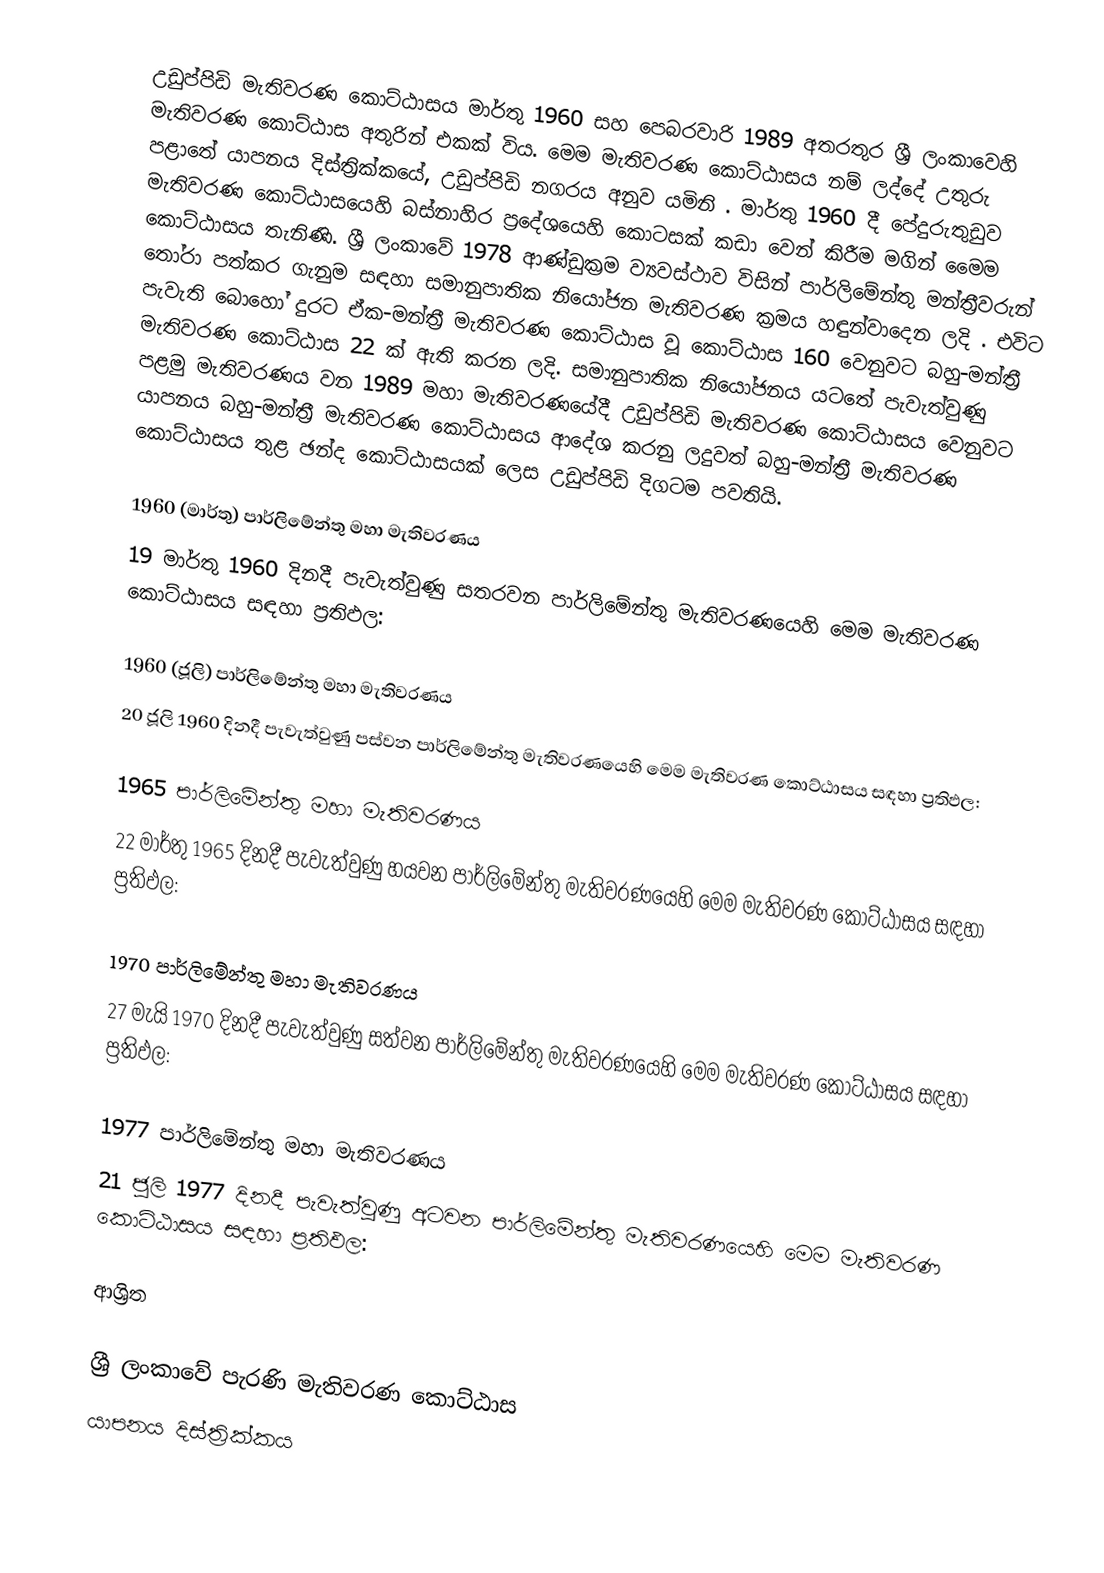
උඩුප්පිඩි මැතිවරණ කොට්ඨාසය   මාර්තු 1960 සහ පෙබරවාරි 1989 අතරතුර  ශ්‍රී ලංකාවෙහි  මැතිවරණ කොට්ඨාස අතුරින් එකක් විය. මෙම මැතිවරණ කොට්ඨාසය නම් ලද්දේ උතුරු පළාතේ  යාපනය දිස්ත්‍රික්කයේ,  උඩුප්පිඩි නගරය අනුව යමිනි . මාර්තු 1960 දී   පේදුරුතුඩුව මැතිවරණ කොට්ඨාසයෙහි  බස්නාහිර ප්‍රදේශයෙහි කොටසක් කඩා වෙන් කිරීම මගින් මෛම කොට්ඨාසය තැනිණි. ශ්‍රී ලංකාවේ 1978 ආණ්ඩුක්‍රම ව්‍යවස්ථාව විසින්   පාර්ලිමේන්තු මන්ත්‍රීවරුන් තෝරා පත්කර ගැනුම සඳහා සමානුපාතික නියෝජන මැතිවරණ ක්‍රමය හඳුන්වාදෙන ලදි . එවිට පැවැති බොහෝ දුරට  ඒක-මන්ත්‍රී මැතිවරණ කොට්ඨාස වූ කොට්ඨාස 160 වෙනුවට බහු-මන්ත්‍රී මැතිවරණ කොට්ඨාස 22 ක් ඇති කරන ලදි. සමානුපාතික නියෝජනය යටතේ පැවැත්වුණු පළමු මැතිවරණය වන 1989 මහා මැතිවරණයේදී  උඩුප්පිඩි මැතිවරණ කොට්ඨාසය වෙනුවට  යාපනය බහු-මන්ත්‍රී මැතිවරණ කොට්ඨාසය  ආදේශ කරනු ලදුවත් බහු-මන්ත්‍රී මැතිවරණ කොට්ඨාසය තුළ ඡන්ද කොට්ඨාසයක් ලෙස උඩුප්පිඩි දිගටම පවතියි.

1960 (මාර්තු) පාර්ලිමේන්තු මහා මැතිවරණය
19 මාර්තු 1960 දිනදී පැවැත්වුණු  සතරවන පාර්ලිමේන්තු මැතිවරණයෙහි මෙම මැතිවරණ කොට්ඨාසය සඳහා ප්‍රතිඵල:

1960 (ජූලි) පාර්ලිමේන්තු මහා මැතිවරණය
20 ජූලි 1960 දිනදී පැවැත්වුණු  පස්වන පාර්ලිමේන්තු මැතිවරණයෙහි මෙම මැතිවරණ කොට්ඨාසය සඳහා ප්‍රතිඵල:

1965 පාර්ලිමේන්තු මහා මැතිවරණය
22 මාර්තු 1965  දිනදී පැවැත්වුණු  හයවන පාර්ලිමේන්තු මැතිවරණයෙහි මෙම මැතිවරණ කොට්ඨාසය සඳහා ප්‍රතිඵල:

1970 පාර්ලිමේන්තු මහා මැතිවරණය
27 මැයි 1970 දිනදී පැවැත්වුණු  සත්වන පාර්ලිමේන්තු මැතිවරණයෙහි මෙම මැතිවරණ කොට්ඨාසය සඳහා ප්‍රතිඵල:

1977 පාර්ලිමේන්තු මහා මැතිවරණය
21 ජූලි 1977 දිනදී පැවැත්වුණු  අටවන පාර්ලිමේන්තු මැතිවරණයෙහි මෙම මැතිවරණ කොට්ඨාසය සඳහා ප්‍රතිඵල:

ආශ්‍රිත

ශ්‍රී ලංකාවේ පැරණි මැතිවරණ කොට්ඨාස
යාපනය දිස්ත්‍රික්කය